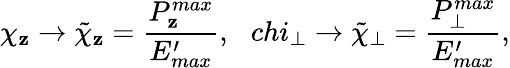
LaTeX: \chi_{\mathbf{z}}\rightarrow\tilde{{\chi}}_{\mathbf{z}}=\frac{{P_{\mathbf{z}}^{max}}}{{E_{max}^{\prime}}},\ \ \, chi_{\bot}\rightarrow\tilde{{\chi}}_{\bot}=\frac{{P_{\bot}^{max}}}{{E_{max}^{\prime}}},